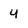
Character: 4